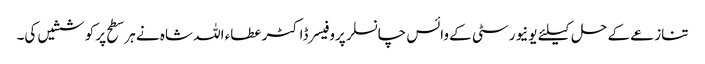
تنازعے کے حل کیلئے یونیورسٹی کے وائس چانسلر پروفیسر ڈاکٹر عطاء اللہ شاہ نے ہر سطح پر کوششیں کی۔